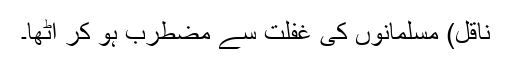
ناقل) مسلمانوں کی غفلت سے مضطرب ہو کر اٹھا۔